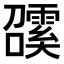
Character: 𩅖